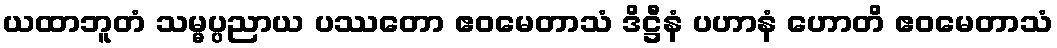
ယထာဘူတံ သမ္မပ္ပညာယ ပဿတော ဧဝမေတာသံ ဒိဋ္ဌီနံ ပဟာနံ ဟောတိ ဧဝမေတာသံ